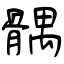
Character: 髃